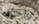
واحد